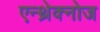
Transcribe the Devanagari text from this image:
एन्थ्रेक्नोज